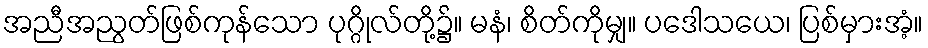
အညီအညွတ်ဖြစ်ကုန်သော ပုဂ္ဂိုလ်တို့၌။ မနံ၊ စိတ်ကိုမျှ။ ပဒေါသယေ၊ ပြစ်မှားအံ့။